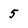
Character: 5